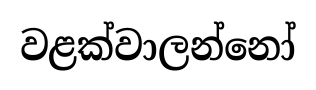
වළක්වාලන්නෝ